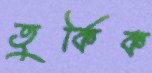
তুর্কিক